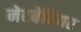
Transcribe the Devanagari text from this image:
नेटबॅरियर